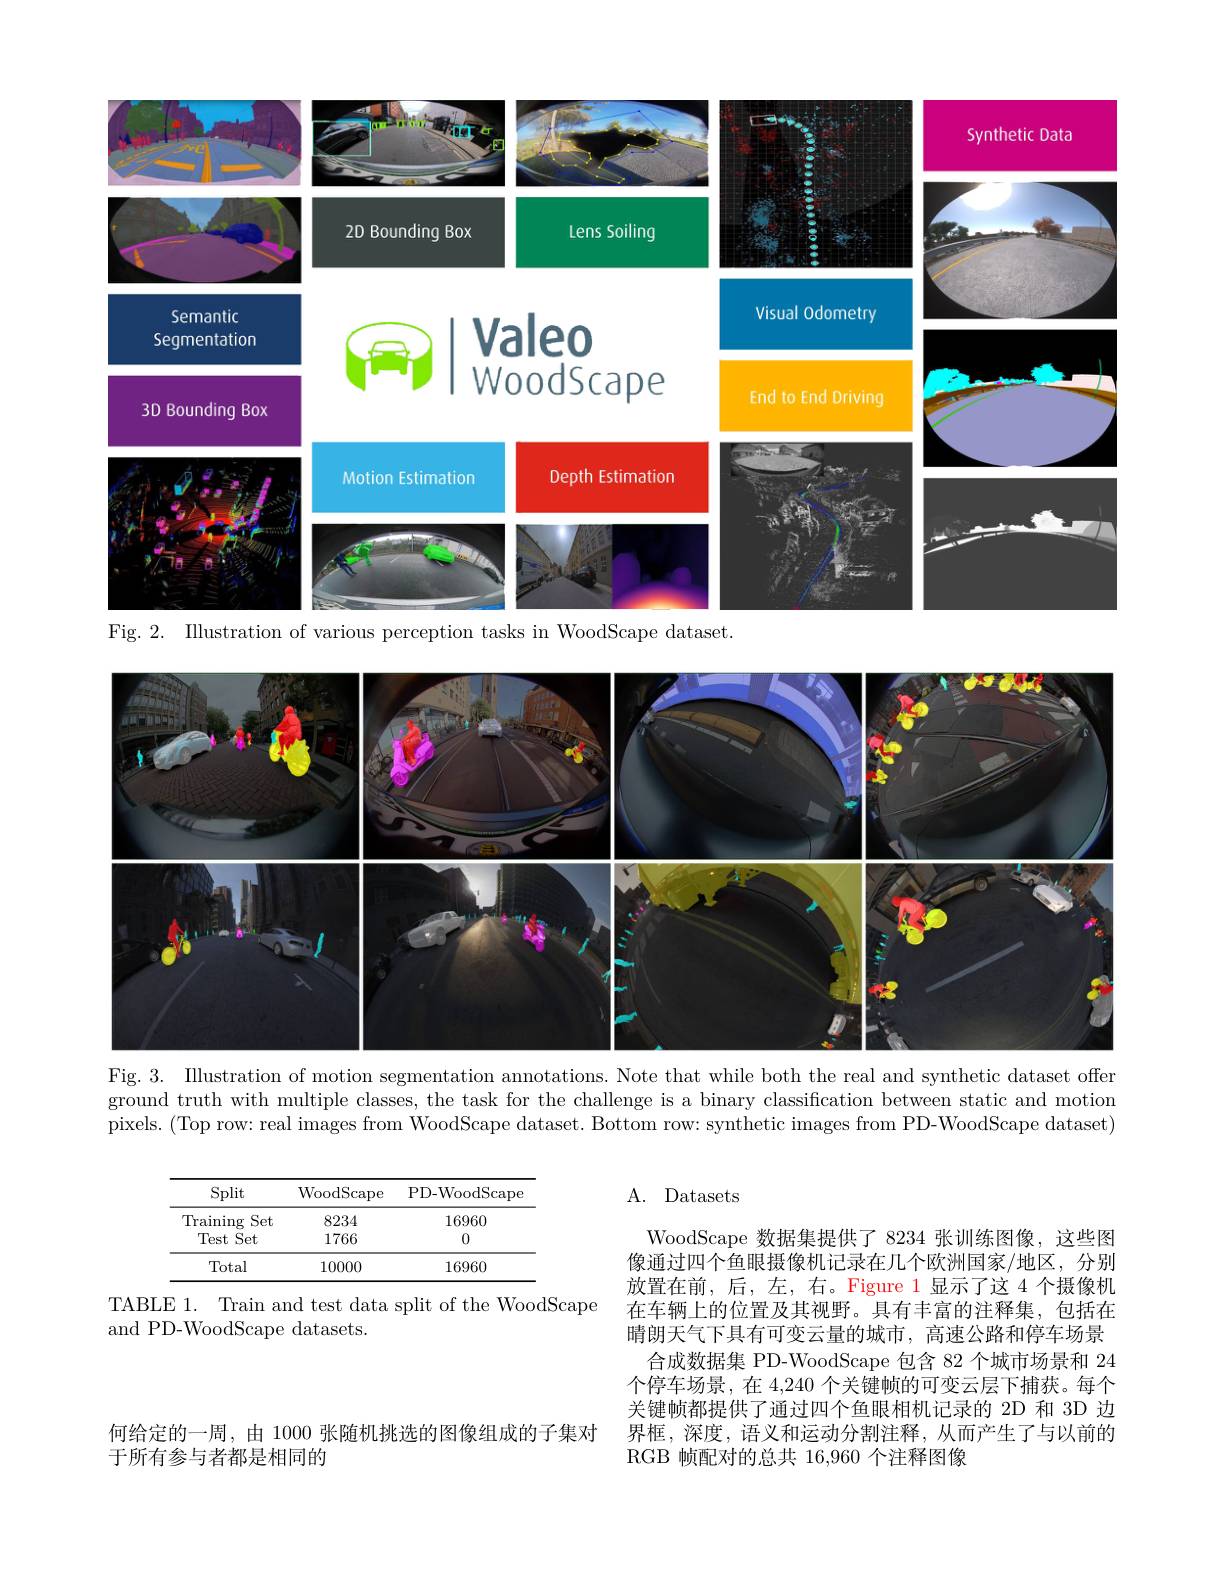
<FigureHere>

Fig. 2. Illustration of various perception tasks in WoodScape dataset.
<FigureHere>
Fig. 3. Illustration of motion segmentation annotations. Note that while both the real and synthetic dataset offer

ground truth with multiple classes, the task for the challenge is a binary classification between static and motion pixels. (Top row: real images from WoodScape dataset. Bottom row: synthetic images from PD-WoodScape dataset)

# A. Datasets

<table>
	<tbody>
		<tr>
			<th>Split</th>
			<th>WoodScape</th>
			<th>PD- WoodScape</th>
		</tr>
		<tr>
			<td>$\operatorname{Training}$ Set</td>
			<td>8234</td>
			<td>16960</td>
		</tr>
		<tr>
			<td>Test Set</td>
			<td>1766</td>
			<td>0</td>
		</tr>
		<tr>
			<td>Total</td>
			<td>10000</td>
			<td>16960</td>
		</tr>
	</tbody>
</table>
TABLE 1. Train and test data split of the WoodScape

and PD-WoodScape datasets.

WoodScape 数据集提供了 8234 张训练图像，这些图像通过四个鱼眼摄像机记录在几个欧洲国家/地区，分别放置在前，后，左，右。Figure 1 显示了这 4 个摄像机在车辆上的位置及其视野。具有丰富的注释集，包括在晴朗天气下具有可变云量的城市，高速公路和停车场景
合成数据集 PD-WoodScape 包含 82 个城市场景和 24个停车场景，在 4,240 个关键帧的可变云层下捕获。每个关键帧都提供了通过四个鱼眼相机记录的 2D 和 3D 边界框，深度，语义和运动分割注释，从而产生了与以前的RGB 帧配对的总共 16,960 个注释图像

何给定的一周，由 1000 张随机挑选的图像组成的子集对
于所有参与者都是相同的